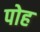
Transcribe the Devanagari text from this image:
पोह